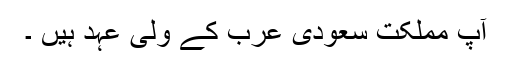
آپ مملکت سعودى عرب کے ولى عہد ہیں ۔